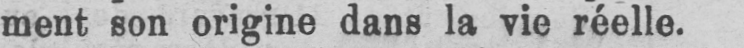
ment son origine dans la vie réelle.